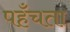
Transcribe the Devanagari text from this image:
पहँचता